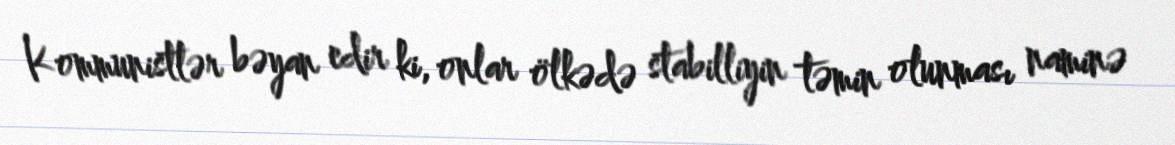
Kommunistlər bəyan edir ki, onlar ölkədə stabilliyin təmin olunması naminə